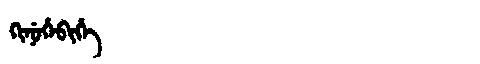
Manchu: ᡴᡳᠨᡠᡥᡝᠪᡳᡥᡝ
Romanization: KINUHEBIHE